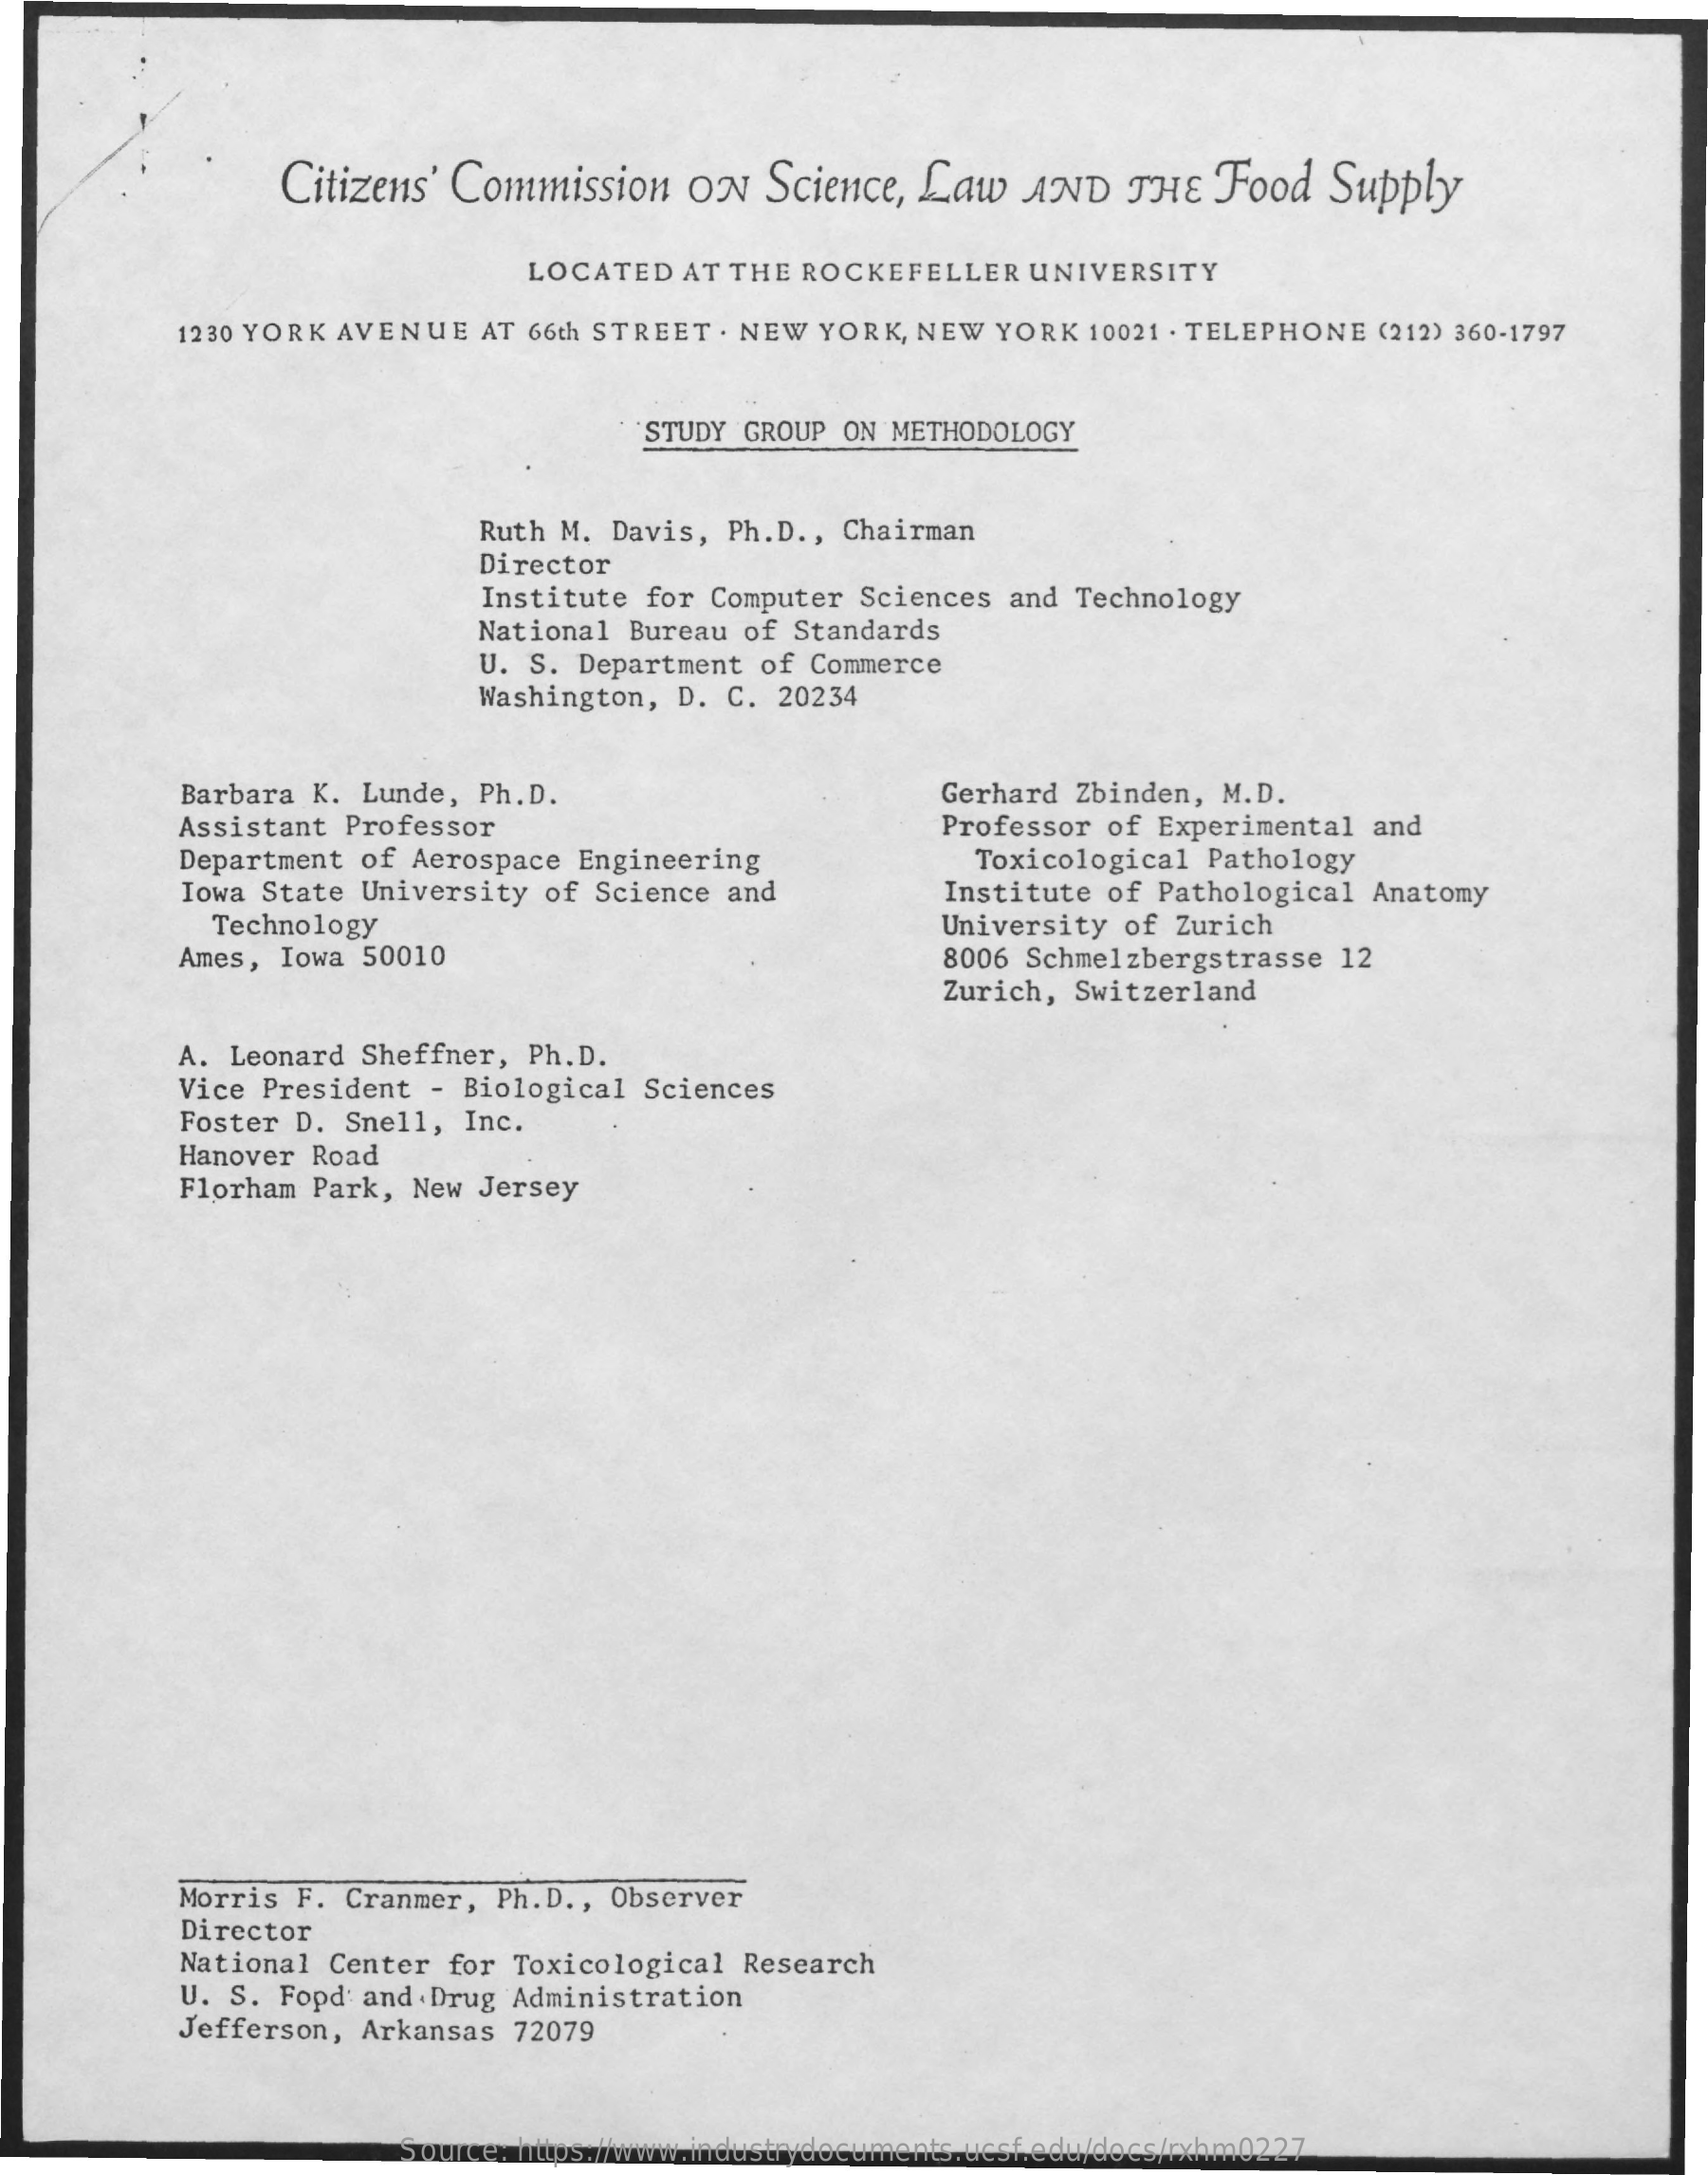
Citizens' Commission ON Science, Law  AND  THE Food  Supply
     LOCATED AT THE ROCKEFELLER UNIVERSITY
     1230 YORK AVENUE AT 66th STREET . NEW YORK, NEW YORK 10021 . TELEPHONE (212) 360-1797
     STUDY GROUP ON METHODOLOGY
     Ruth M. Davis, Ph.D ., Chairman
     Director
     Institute for Computer Sciences and Technology
     National Bureau of Standards
     U. S. Department of Commerce
     Washington, D. C. 20234
     Barbara K. Lunde, Ph.D.    Gerhard Zbinden, M.D.
     Assistant Professor    Professor of Experimental and
     Department of Aerospace Engineering
     Iowa State University of Science and
     Toxicological Pathology
     Technology
     Institute of Pathological Anatomy
     University of Zurich
     Ames, Iowa 50010    8006 Schmelzbergstrasse 12
     Zurich, Switzerland
     A. Leonard Sheffner, Ph.D.
     Vice President - Biological Sciences
     Foster D. Snell, Inc.
     Hanover Road
     Florham Park, New Jersey
     Morris F. Cranmer, Ph.D ., Observer
     Director
     National Center for Toxicological Research
     U. S. Food and Drug Administration
     Jefferson, Arkansas 72079
     Source: https://www.industrydocuments.ucsf.edu/docs/rxhm0227